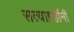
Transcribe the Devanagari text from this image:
सत्याग्रहींनी